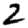
Digit: 2